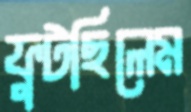
ফুটছিলেম